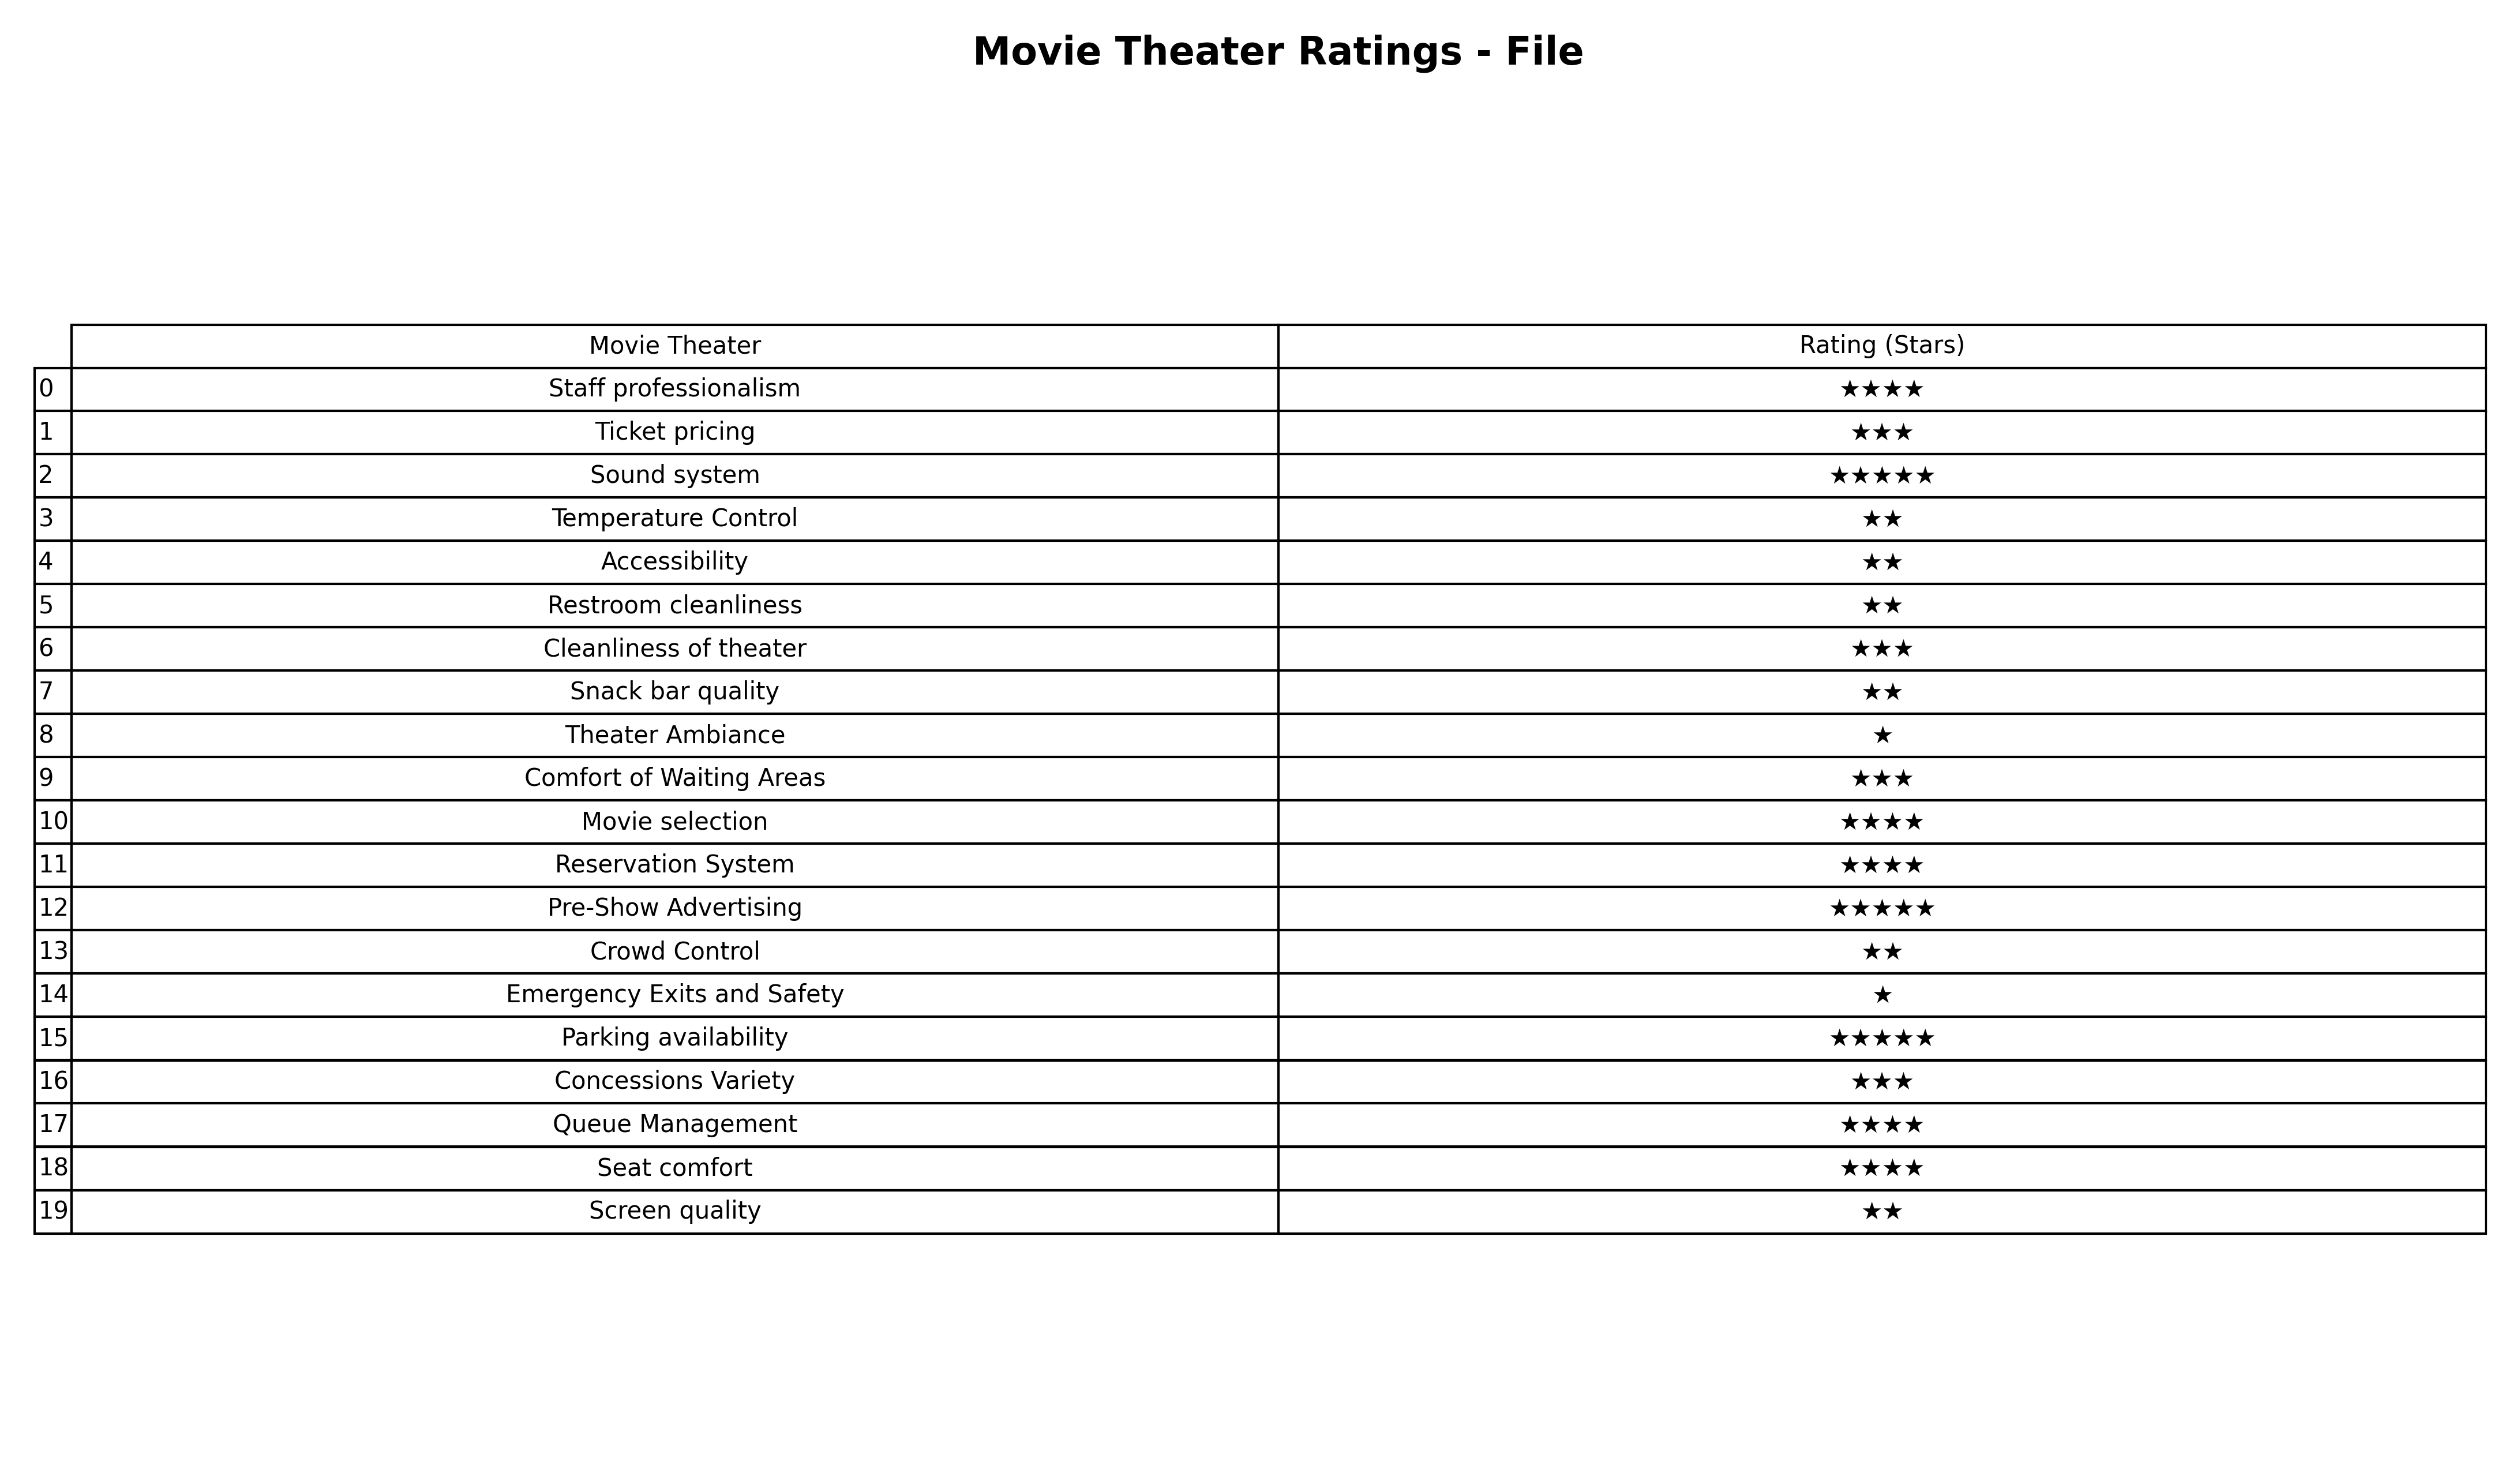
question: What are one star services?
answer: Theater AmbianceEmergency Exits and Safety